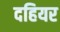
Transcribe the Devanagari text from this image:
दहियर